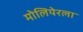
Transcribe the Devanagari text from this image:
मोलियेरला